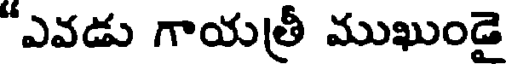
"ఎవడు గాయత్రీ ముఖుండై